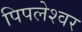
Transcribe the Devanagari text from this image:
पिपलेश्वर